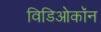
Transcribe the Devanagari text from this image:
विडिओकॉन